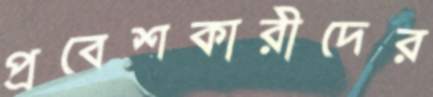
প্রবেশকারীদের